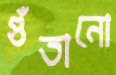
গুঁতানো